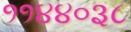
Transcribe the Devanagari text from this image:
११४४०३८